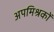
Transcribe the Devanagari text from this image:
अपमिश्रकों